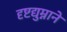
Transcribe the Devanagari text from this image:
दृष्टद्युम्नाने